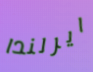
ايرلندا